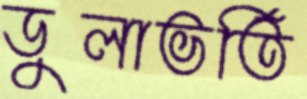
ডুলাভর্তি